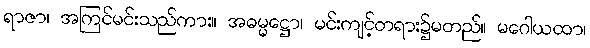
ရာဇာ၊ အကြင်မင်းသည်ကား။ အဓမ္မဋ္ဌော၊ မင်းကျင့်တရား၌မတည်။ မဂေါယထာ၊